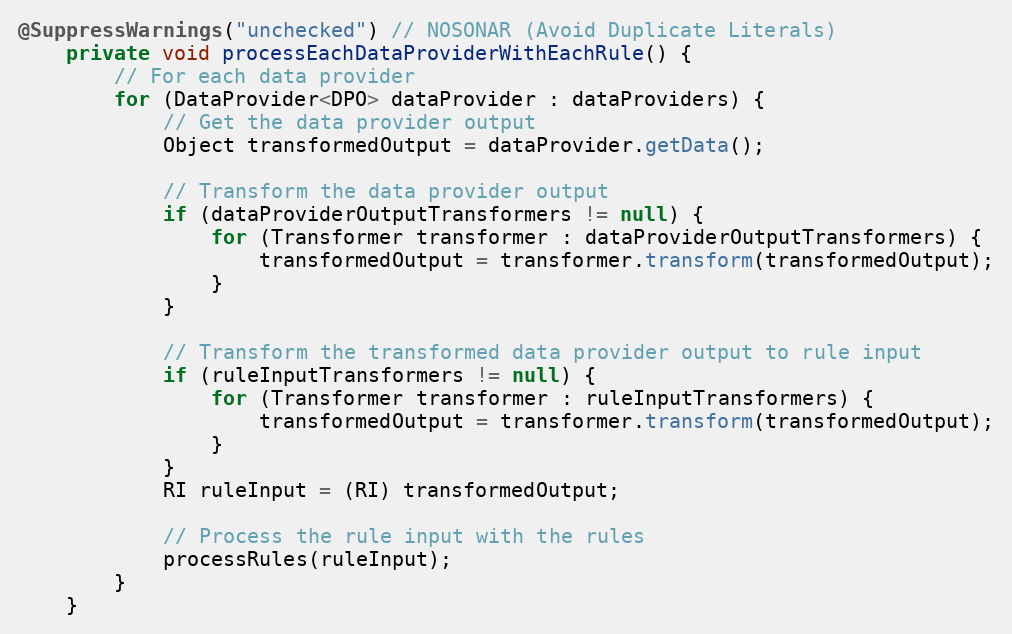
Language: Java
@SuppressWarnings("unchecked") // NOSONAR (Avoid Duplicate Literals)
    private void processEachDataProviderWithEachRule() {
        // For each data provider
        for (DataProvider<DPO> dataProvider : dataProviders) {
            // Get the data provider output
            Object transformedOutput = dataProvider.getData();

            // Transform the data provider output
            if (dataProviderOutputTransformers != null) {
                for (Transformer transformer : dataProviderOutputTransformers) {
                    transformedOutput = transformer.transform(transformedOutput);
                }
            }

            // Transform the transformed data provider output to rule input
            if (ruleInputTransformers != null) {
                for (Transformer transformer : ruleInputTransformers) {
                    transformedOutput = transformer.transform(transformedOutput);
                }
            }
            RI ruleInput = (RI) transformedOutput;

            // Process the rule input with the rules
            processRules(ruleInput);
        }
    }